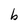
Character: b